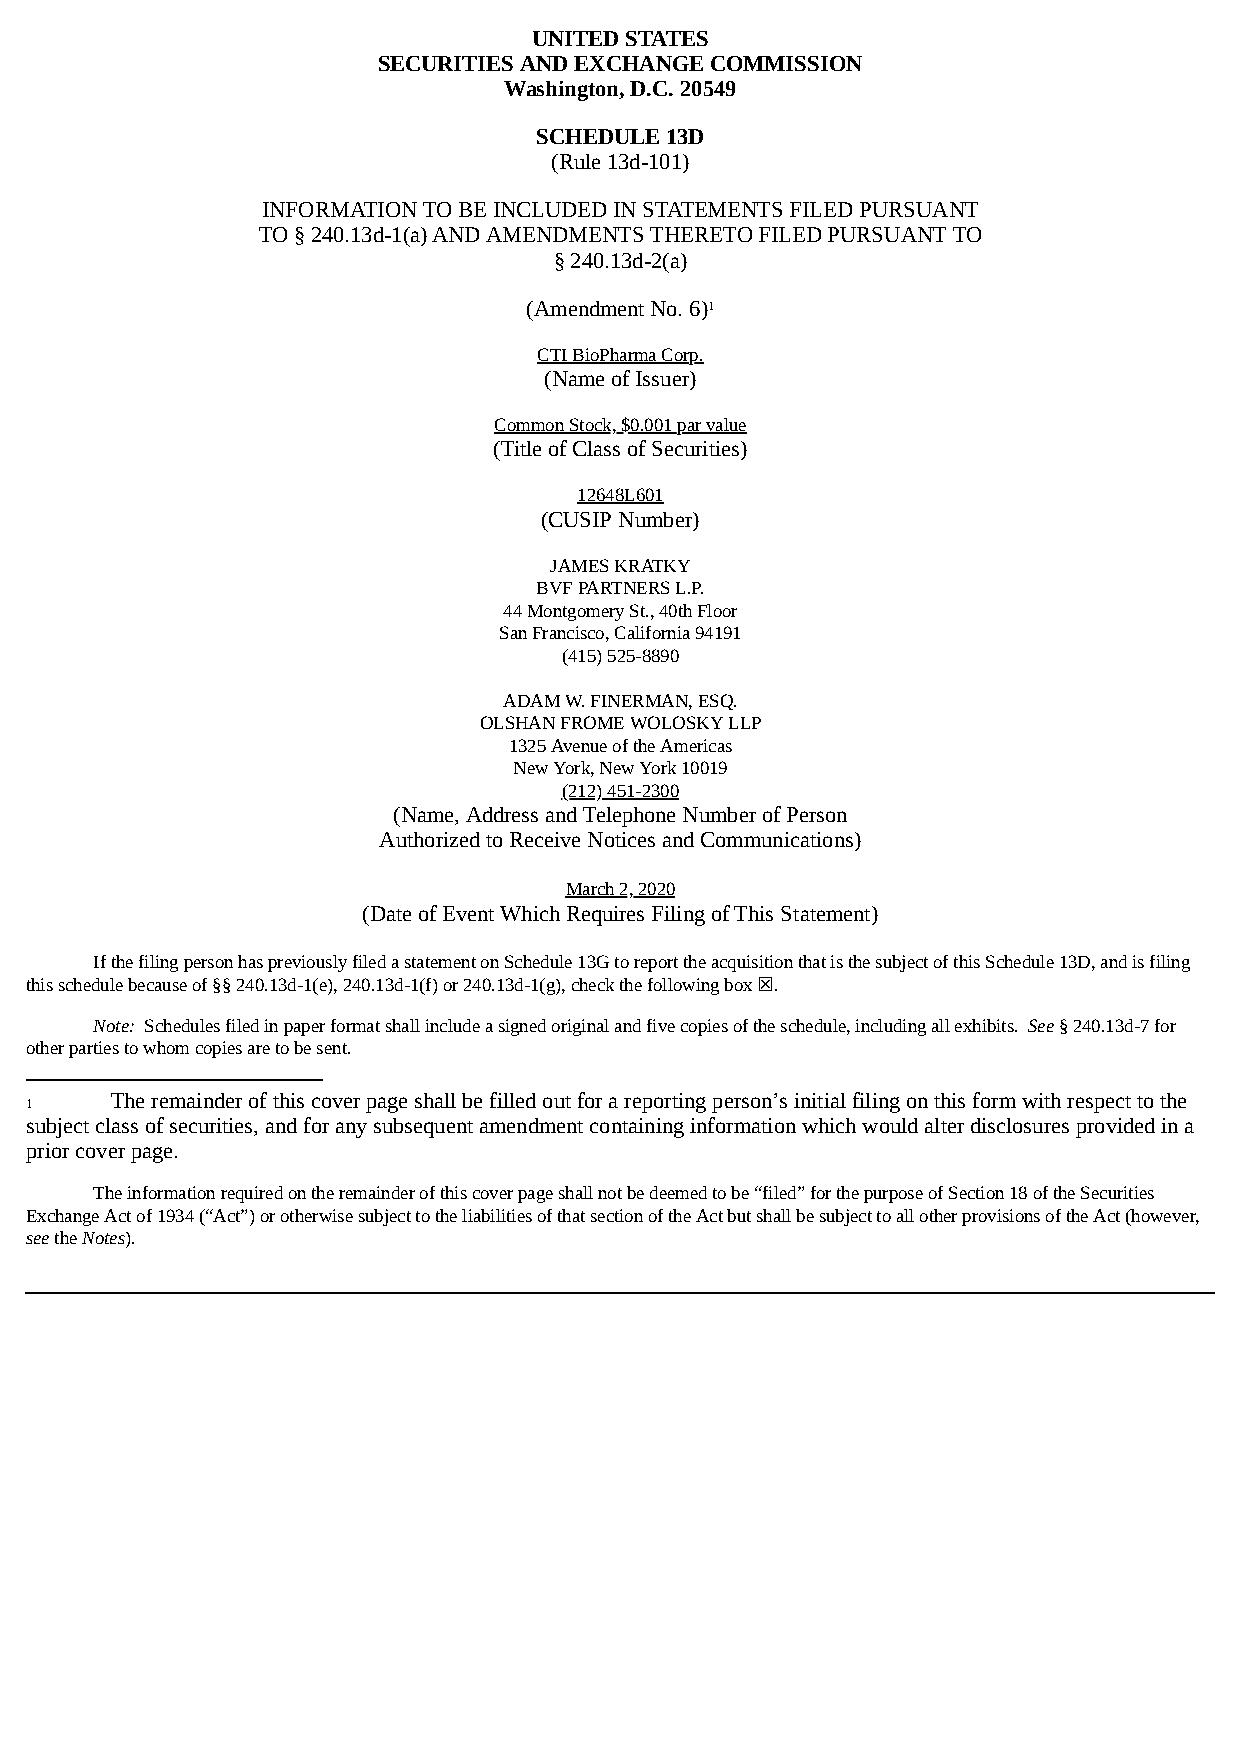
UNITED STATES
 SECURITIES AND EXCHANGE COMMISSION
 Washington, D.C. 20549
 SCHEDULE 13D
 (Rule 13d-101)
 INFORMATION TO BE INCLUDED IN STATEMENTS FILED PURSUANT
 TO § 240.13d-1(a) AND AMENDMENTS THERETO FILED PURSUANT TO
 § 240.13d-2(a)
 (Amendment No. 6)1
 CTI BioPharma Corp.
 (Name of Issuer)
 Common Stock, $0.001 par value
 (Title of Class of Securities)
 12648L601
 (CUSIP Number)
 JAMES KRATKY
 BVF PARTNERS L.P.
 44 Montgomery St., 40th Floor
 San Francisco, California 94191
 (415) 525-8890
 ADAM W. FINERMAN, ESQ.
 OLSHAN FROME WOLOSKY LLP
 1325 Avenue of the Americas
 New York, New York 10019
 (212) 451-2300
 (Name, Address and Telephone Number of Person
 Authorized to Receive Notices and Communications)
 March 2, 2020
 (Date of Event Which Requires Filing of This Statement)
 If the filing person has previously filed a statement on Schedule 13G to report the acquisition that is the subject of this Schedule 13D, and is filing
 this schedule because of §§ 240.13d-1(e), 240.13d-1(f) or 240.13d-1(g), check the following box ☒.
 Note: Schedules filed in paper format shall include a signed original and five copies of the schedule, including all exhibits. See § 240.13d-7 for
 other parties to whom copies are to be sent.
 The remainder of this cover page shall be filled out for a reporting person’s initial filing on this form with respect to the
 1
 subject class of securities, and for any subsequent amendment containing information which would alter disclosures provided in a
 prior cover page.
 The information required on the remainder of this cover page shall not be deemed to be “filed” for the purpose of Section 18 of the Securities
 Exchange Act of 1934 (“Act”) or otherwise subject to the liabilities of that section of the Act but shall be subject to all other provisions of the Act (however,
 see the Notes).